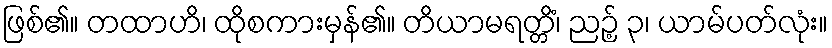
ဖြစ်၏။ တထာဟိ၊ ထိုစကားမှန်၏။ တိယာမရတ္တိံ၊ ညဉ့် ၃၊ ယာမ်ပတ်လုံး။